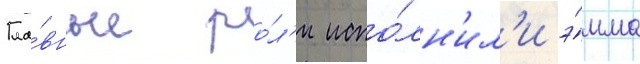
Гла́вные ро́л'и испо́лн'ил'и э́мма